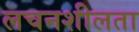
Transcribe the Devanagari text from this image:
लचनशीलता